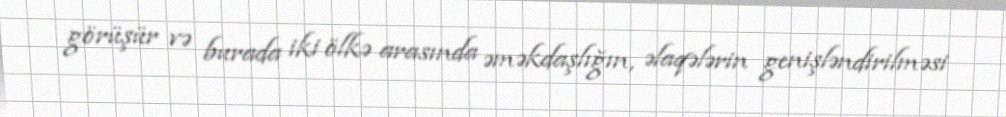
görüşür və burada iki ölkə arasında əməkdaşlığın, əlaqələrin genişləndirilməsi